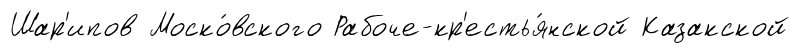
Шар'ипов Моско́вского Рабоче-кр'естья́нской Казакской